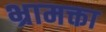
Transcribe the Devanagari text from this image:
भ्रामक्ता